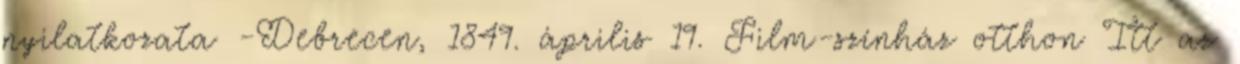
nyilatkozata -Debrecen, 1849. április 19. Film-színház otthon Itt az